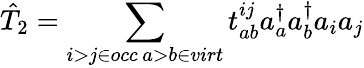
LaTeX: \hat{T}_{2}=\sum_{\substack{i>j\in occ\, a>b\in virt}}t_{ab}^{ij}a_{a}^{\dagger}a_{b}^{\dagger}a_{i}a_{j}